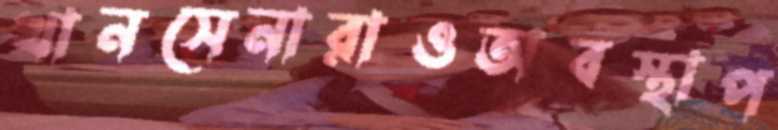
খানসেনারাওঅবস্থাপ